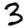
Digit: 3